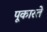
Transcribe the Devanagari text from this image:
पूकारते